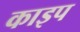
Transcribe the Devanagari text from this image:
काइप